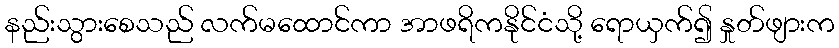
နည်းသွားစေသည် လက်မထောင်ကာ အာဖရိကနိုင်ငံသို့ ရောယှက်၍ နှုတ်ဖျားက